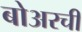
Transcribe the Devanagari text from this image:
बोअरची